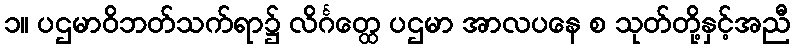
၁။ ပဌမာဝိဘတ်သက်ရာ၌ လိင်္ဂတ္ထေ ပဌမာ အာလပနေ စ သုတ်တို့နှင့်အညီ